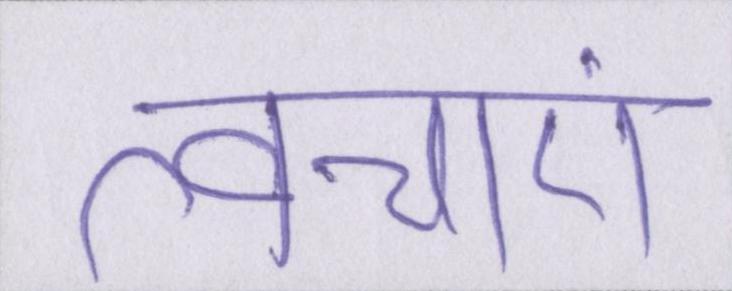
त्वचाएं